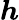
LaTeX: \boldsymbol{h}